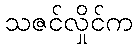
သဇင်လှိုင်က